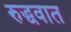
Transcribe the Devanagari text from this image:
रुद्धवात